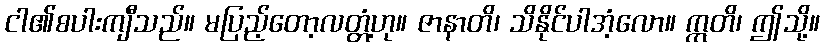
ငါ၏စပါးကျီသည်။ မပြည့်တော့လတ္တံ့ဟု။ ဇာနာတိ၊ သိနိုင်ပါအံ့လော။ ဣတိ၊ ဤသို့။